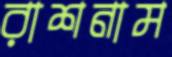
রাশনাম